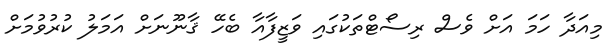
މިއަދާ ހަމަ އަށް ވެސް ރިސޯޓްތަކުގައި ވަޒީފާއާ ބެހޭ ޤާނޫނަށް އަމަލު ކުރުވުމަށް